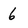
Character: 6